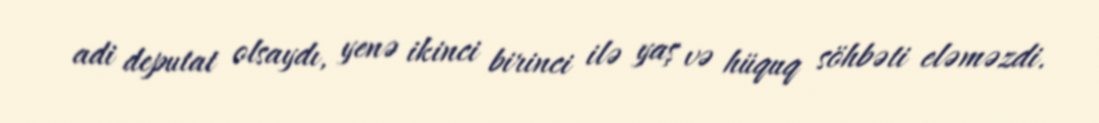
adi deputat olsaydı, yenə ikinci birinci ilə yaş və hüquq söhbəti eləməzdi.